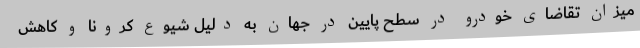
میزان تقاضای خودرو در سطح پایین در جهان به دلیل شیوع کرونا و کاهش